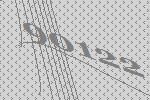
90122